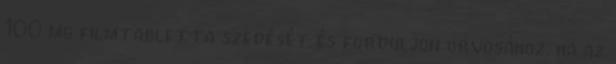
100 mg filmtabletta szedését és forduljon orvosához, ha az